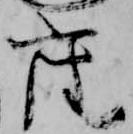
座